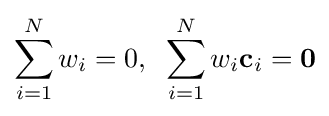
\sum _{i=1}^{N}w_{i}=0,\;\;\sum _{i=1}^{N}w_{i}\mathbf {c} _{i}=\mathbf {0}